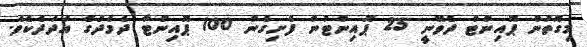
މިގޮތުން ޕޮއިންޓް ދެވޭނީ 25 ޕޮއިންޓުން ފެށިގެން 100 ޕޮއިންޓާ ދެމެދުގެ އަދަދެކެވެ.